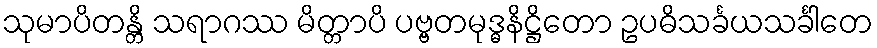
သုမာပိတန္တိ သရာဂဿ မိတ္တာပိ ပဗ္ဗတမုဒ္ဓနိဋ္ဌိတော ဥပဓိသင်္ခယသင်္ခါတေ